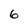
Character: 6